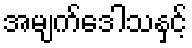
အမျက်ဒေါသနှင့်